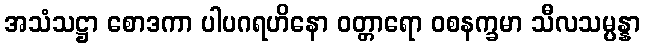
အသံသဋ္ဌာ စောဒကာ ပါပဂရဟိနော ဝတ္တာရော ဝစနက္ခမာ သီလသမ္ပန္နာ